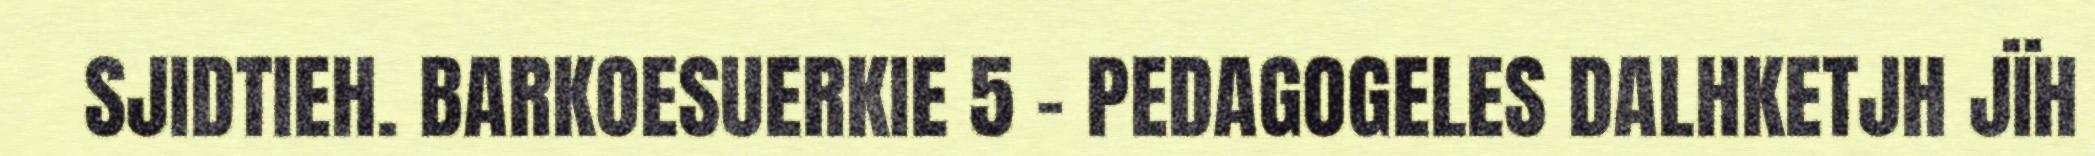
SJIDTIEH. BARKOESUERKIE 5 – PEDAGOGELES DALHKETJH JÏH